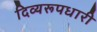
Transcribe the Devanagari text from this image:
दिव्यरूपधारी